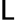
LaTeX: \textsf{L}